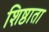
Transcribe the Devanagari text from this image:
शिष्ठाता